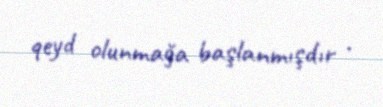
qeyd olunmağa başlanmışdır .